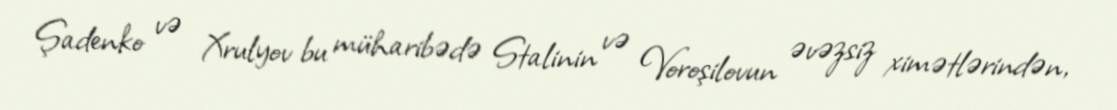
Şadenko və Xrulyov bu müharibədə Stalinin və Voroşilovun əvəzsiz ximətlərindən,